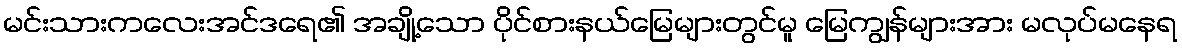
မင်းသားကလေးအင်ဒရေ၏ အချို့သော ပိုင်စားနယ်မြေများတွင်မူ မြေကျွန်များအား မလုပ်မနေရ